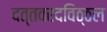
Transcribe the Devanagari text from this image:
दत्तवरदविठ्ठल